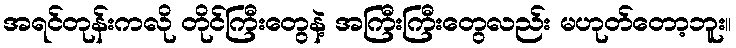
အရင်တုန်းကလို တိုင်ကြီးတွေနဲ့ အကြီးကြီးတွေလည်း မဟုတ်တော့ဘူး။